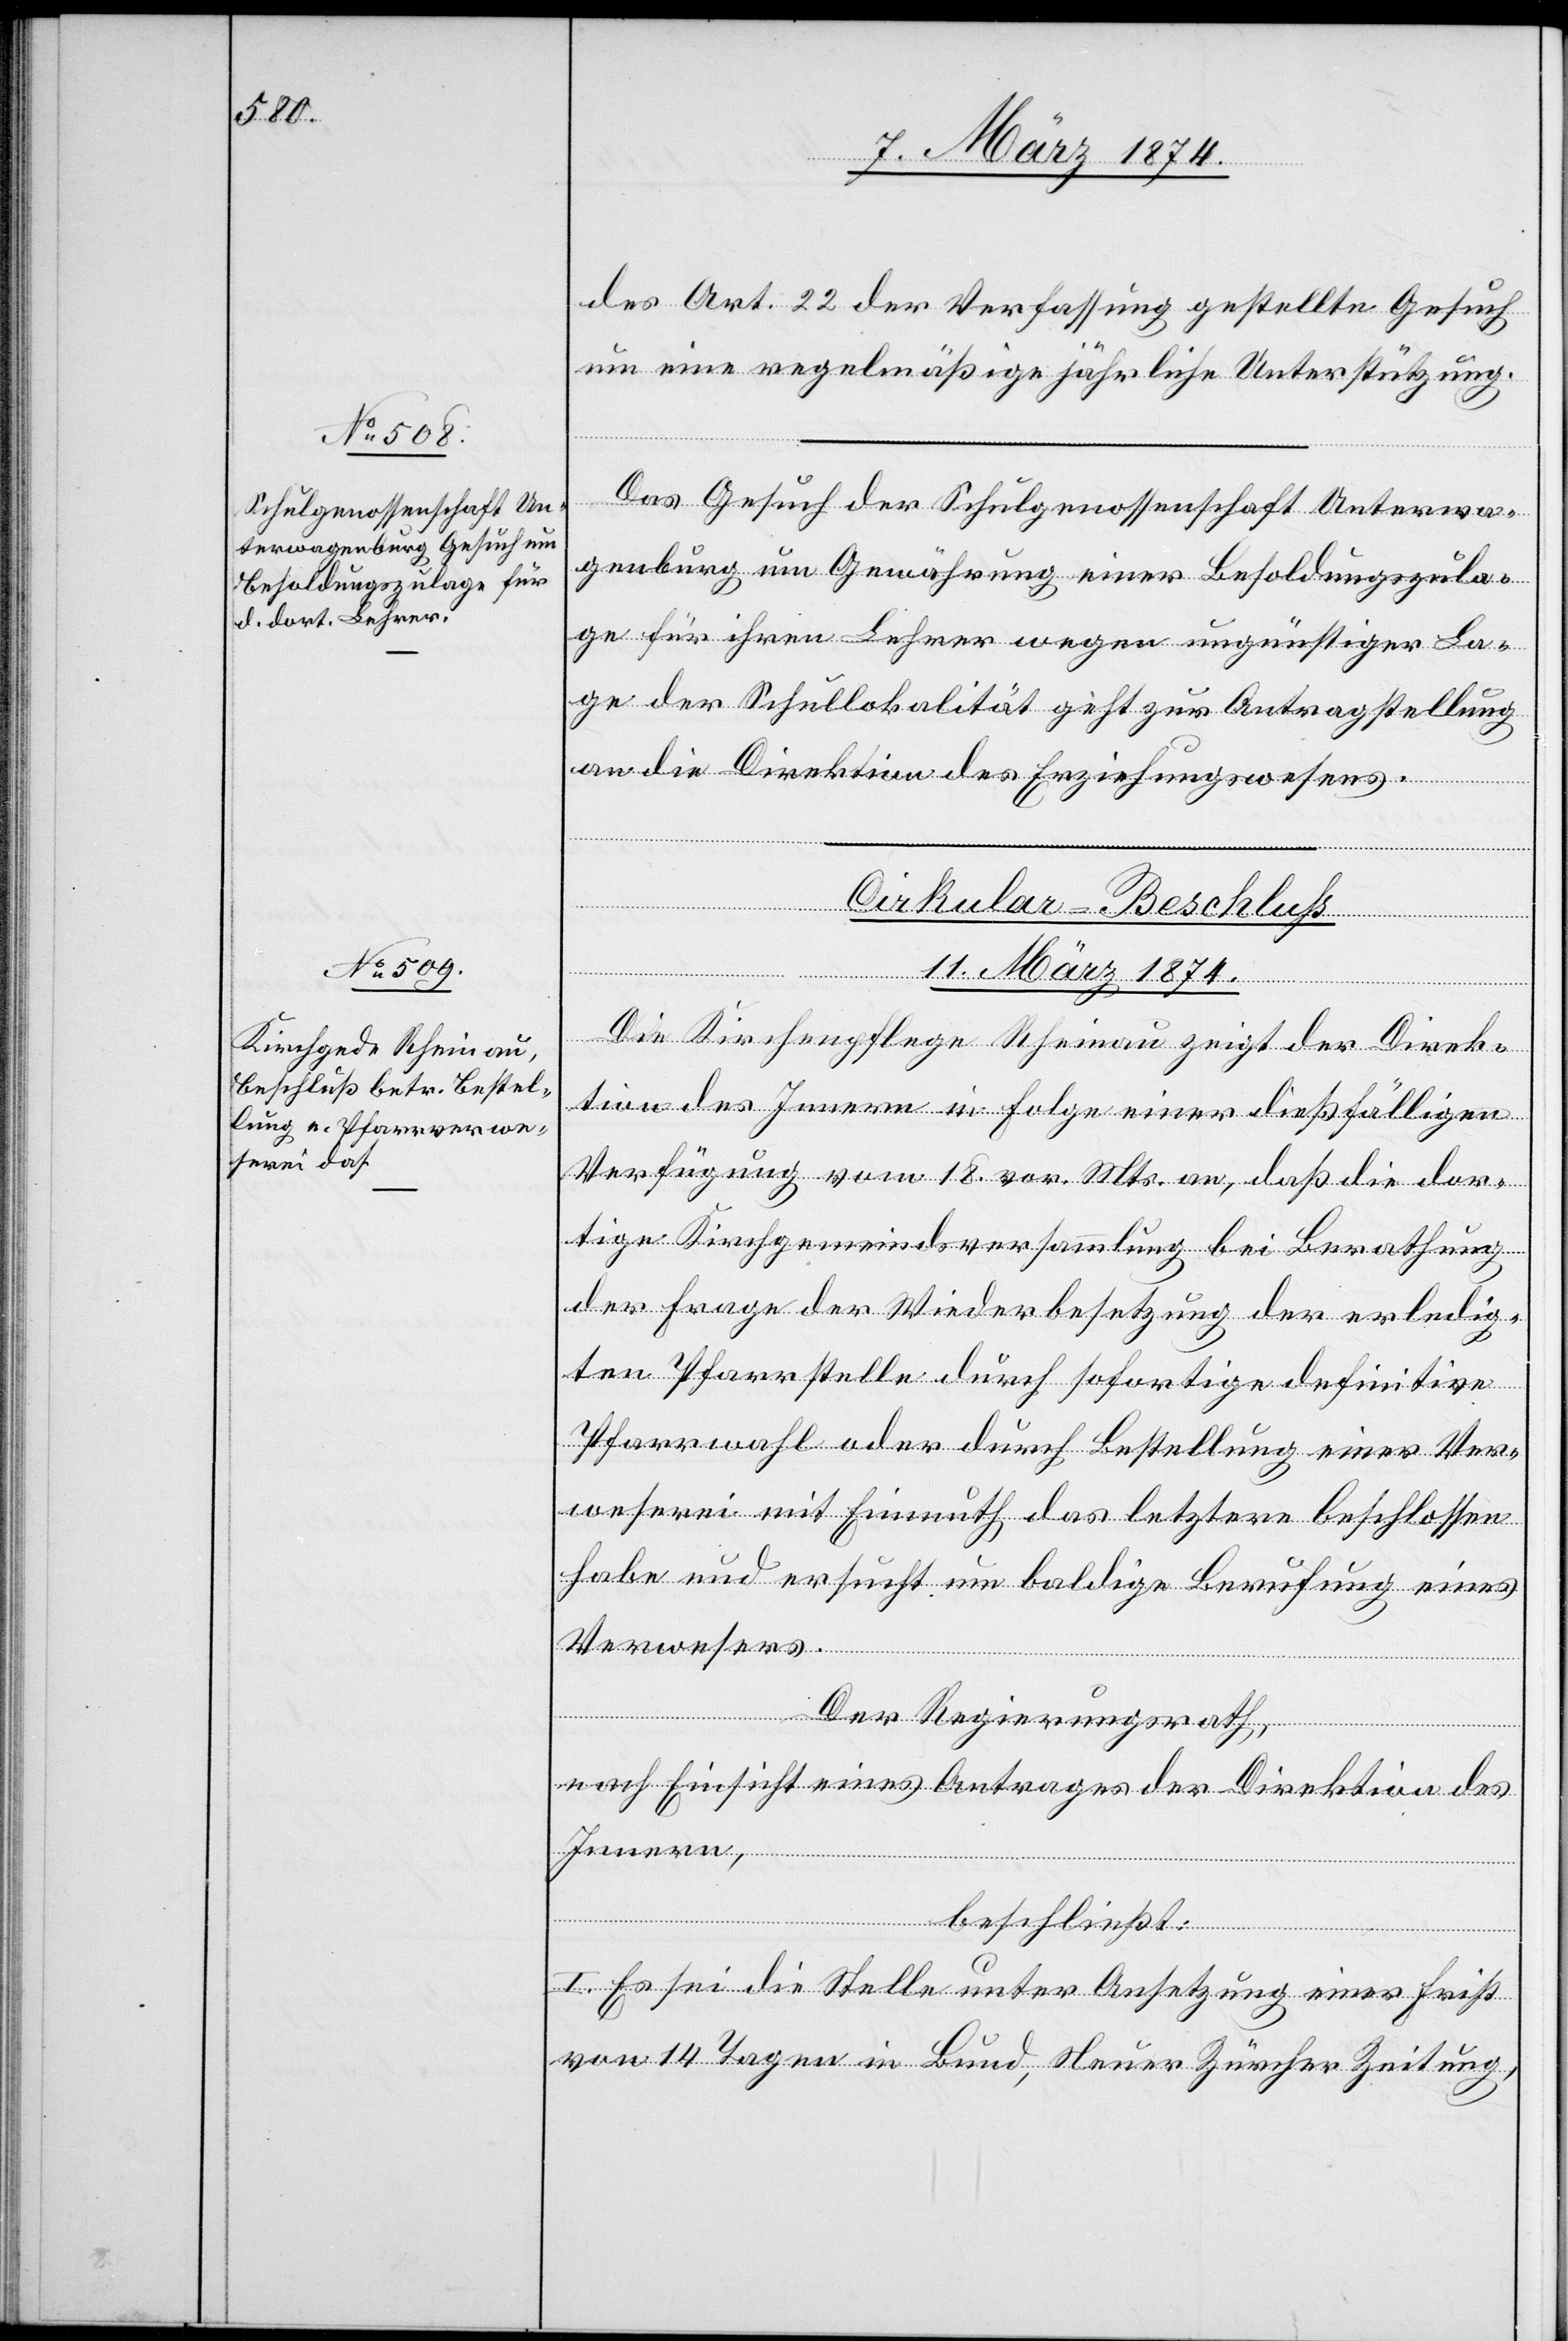
des Art. 22 der Verfassung gestellte Gesuch
um eine regelmäßige jährliche Unterstützung.
Das Gesuch der Schulgenossenschaft Unterwa¬
genburg um Gewährung einer Besoldungszula¬
ge für ihren Lehrer wegen ungünstiger La¬
ge der Schullokalität geht zur Antragstellung
an die Direktion des Erziehungswesens.
Cirkular-Beschluß
11. März 1874.
Die Kirchenpflege Rheinau zeigt der Direk¬
tion des Innern in Folge einer dießfälligen
Verfügung vom 18. vor. Mts. an, daß die dor¬
tige Kirchgemeindsversammlung bei Berathung
der Frage der Wiederbesetzung der erledig¬
ten Pfarrstelle durch sofortige definitive
Pfarrwahl oder durch Bestellung einer Ver¬
weserei mit Einmuth das letztere beschlossen
habe und ersucht um baldige Berufung eines
Innern,
Verwesers.
Der Regierungsrath,
nach Einsicht eines Antrages der Direktion des
beschließt:
I. Es sei die Stelle unter Ansetzung einer Frist
von 14 Tagen in Bund, Neuer Zürcher Zeitung,